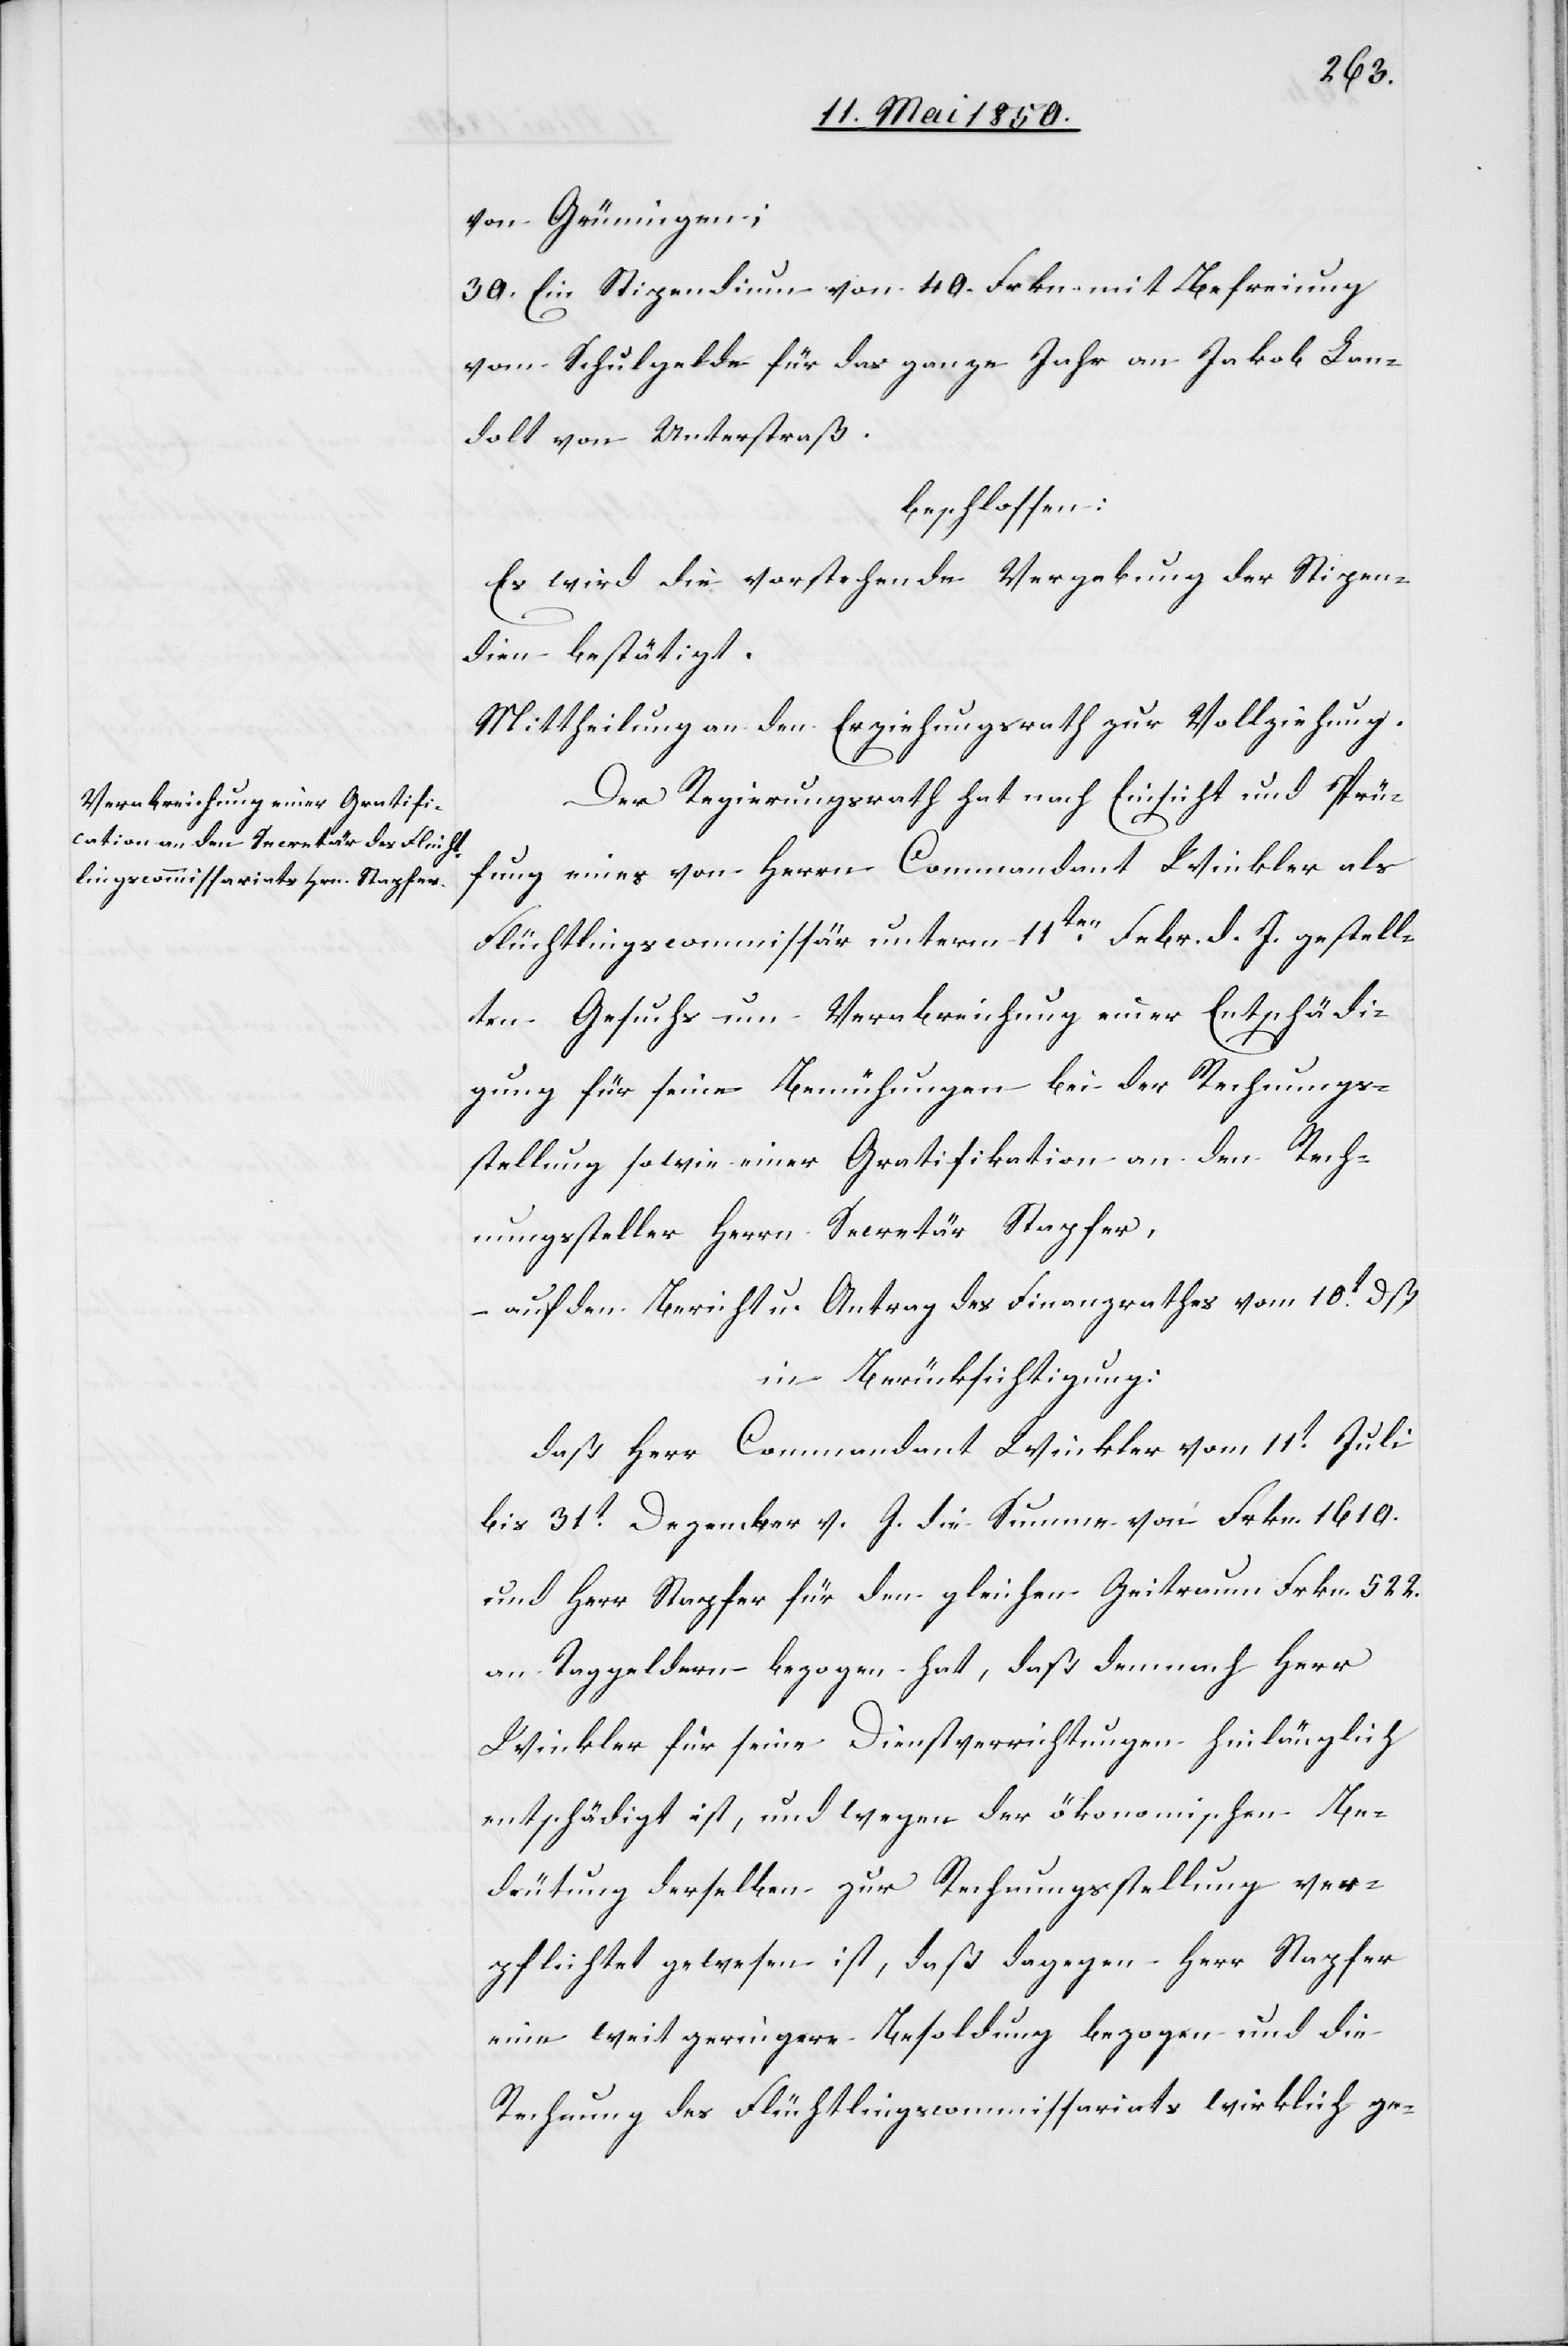
von Grüningen;
30. Ein Stipendium von 40. Frkn. mit Befreiung
vom Schulgelde für das ganze Jahr an Jakob Lan¬
dolt von Unterstraß.
beschlossen:
Es wird die vorstehende Vergebung der Stipen¬
dien bestätigt.
Mittheilung an den Erziehungsrath zur Vollziehung.
Der Regierungsrath hat nach Einsicht und Prü¬
fung eines von Herrn Commandant Winkler als
Flüchtlingscommissär unterm 11ten Febr. d. J. gestell¬
ten Gesuchs um Verabreichung einer Entschädi¬
gung für seine Bemühungen bei der Rechnungs¬
stellung sowie einer Gratifikation an den Rech¬
nungssteller Herrn Secretär Stapfer,
– auf den Bericht u. Antrag des Finanzrathes vom 10t dß
in Berücksichtigung:
daß Herr Commandant Winkler vom 11t Juli
bis 31t Dezember v. J. die Summe von Frkn. 1610.
und Herr Stapfer für den gleichen Zeitraum Frkn. 522.
an Taggeldern bezogen hat, daß demnach Herr
Winkler für seine Dienstverrichtungen hinlänglich
entschädigt ist, und wegen der ökonomischen Be¬
deutung derselben zur Rechnungsstellung ver¬
pflichtet gewesen ist, daß dagegen Herr Stapfer
eine weit geringere Besoldung bezogen und die
Rechnung des Flüchtlingscommissariats wirklich ge-